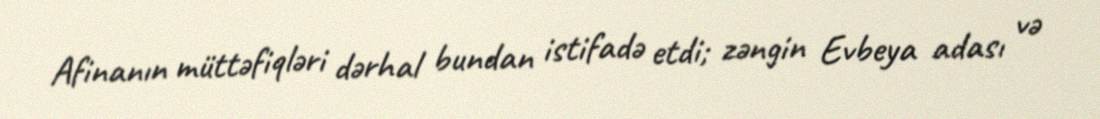
Afinanın müttəfiqləri dərhal bundan istifadə etdi; zəngin Evbeya adası və